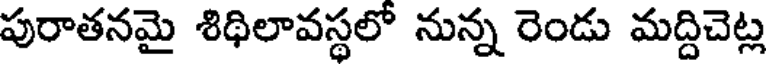
పురాతనమై శిథిలావస్థలో నున్న రెండు మద్దిచెట్ల